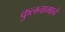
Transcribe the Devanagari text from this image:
कुलनामाने